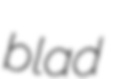
blad